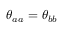
\theta _ { a a } = \theta _ { b b }